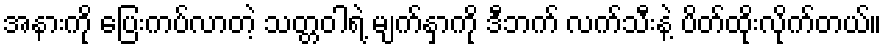
အနားကို ပြေးကပ်လာတဲ့ သတ္တဝါရဲ့ မျက်နှာကို ဒီဘက် လက်သီးနဲ့ ပိတ်ထိုးလိုက်တယ်။